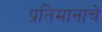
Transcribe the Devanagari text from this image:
प्रतिमानांचे